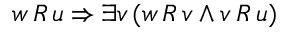
w \, R \, u \Rightarrow \exists v \, ( w \, R \, v \land v \, R \, u )